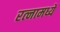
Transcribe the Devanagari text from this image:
रत्‍नामध्ये